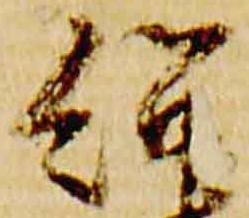
紹